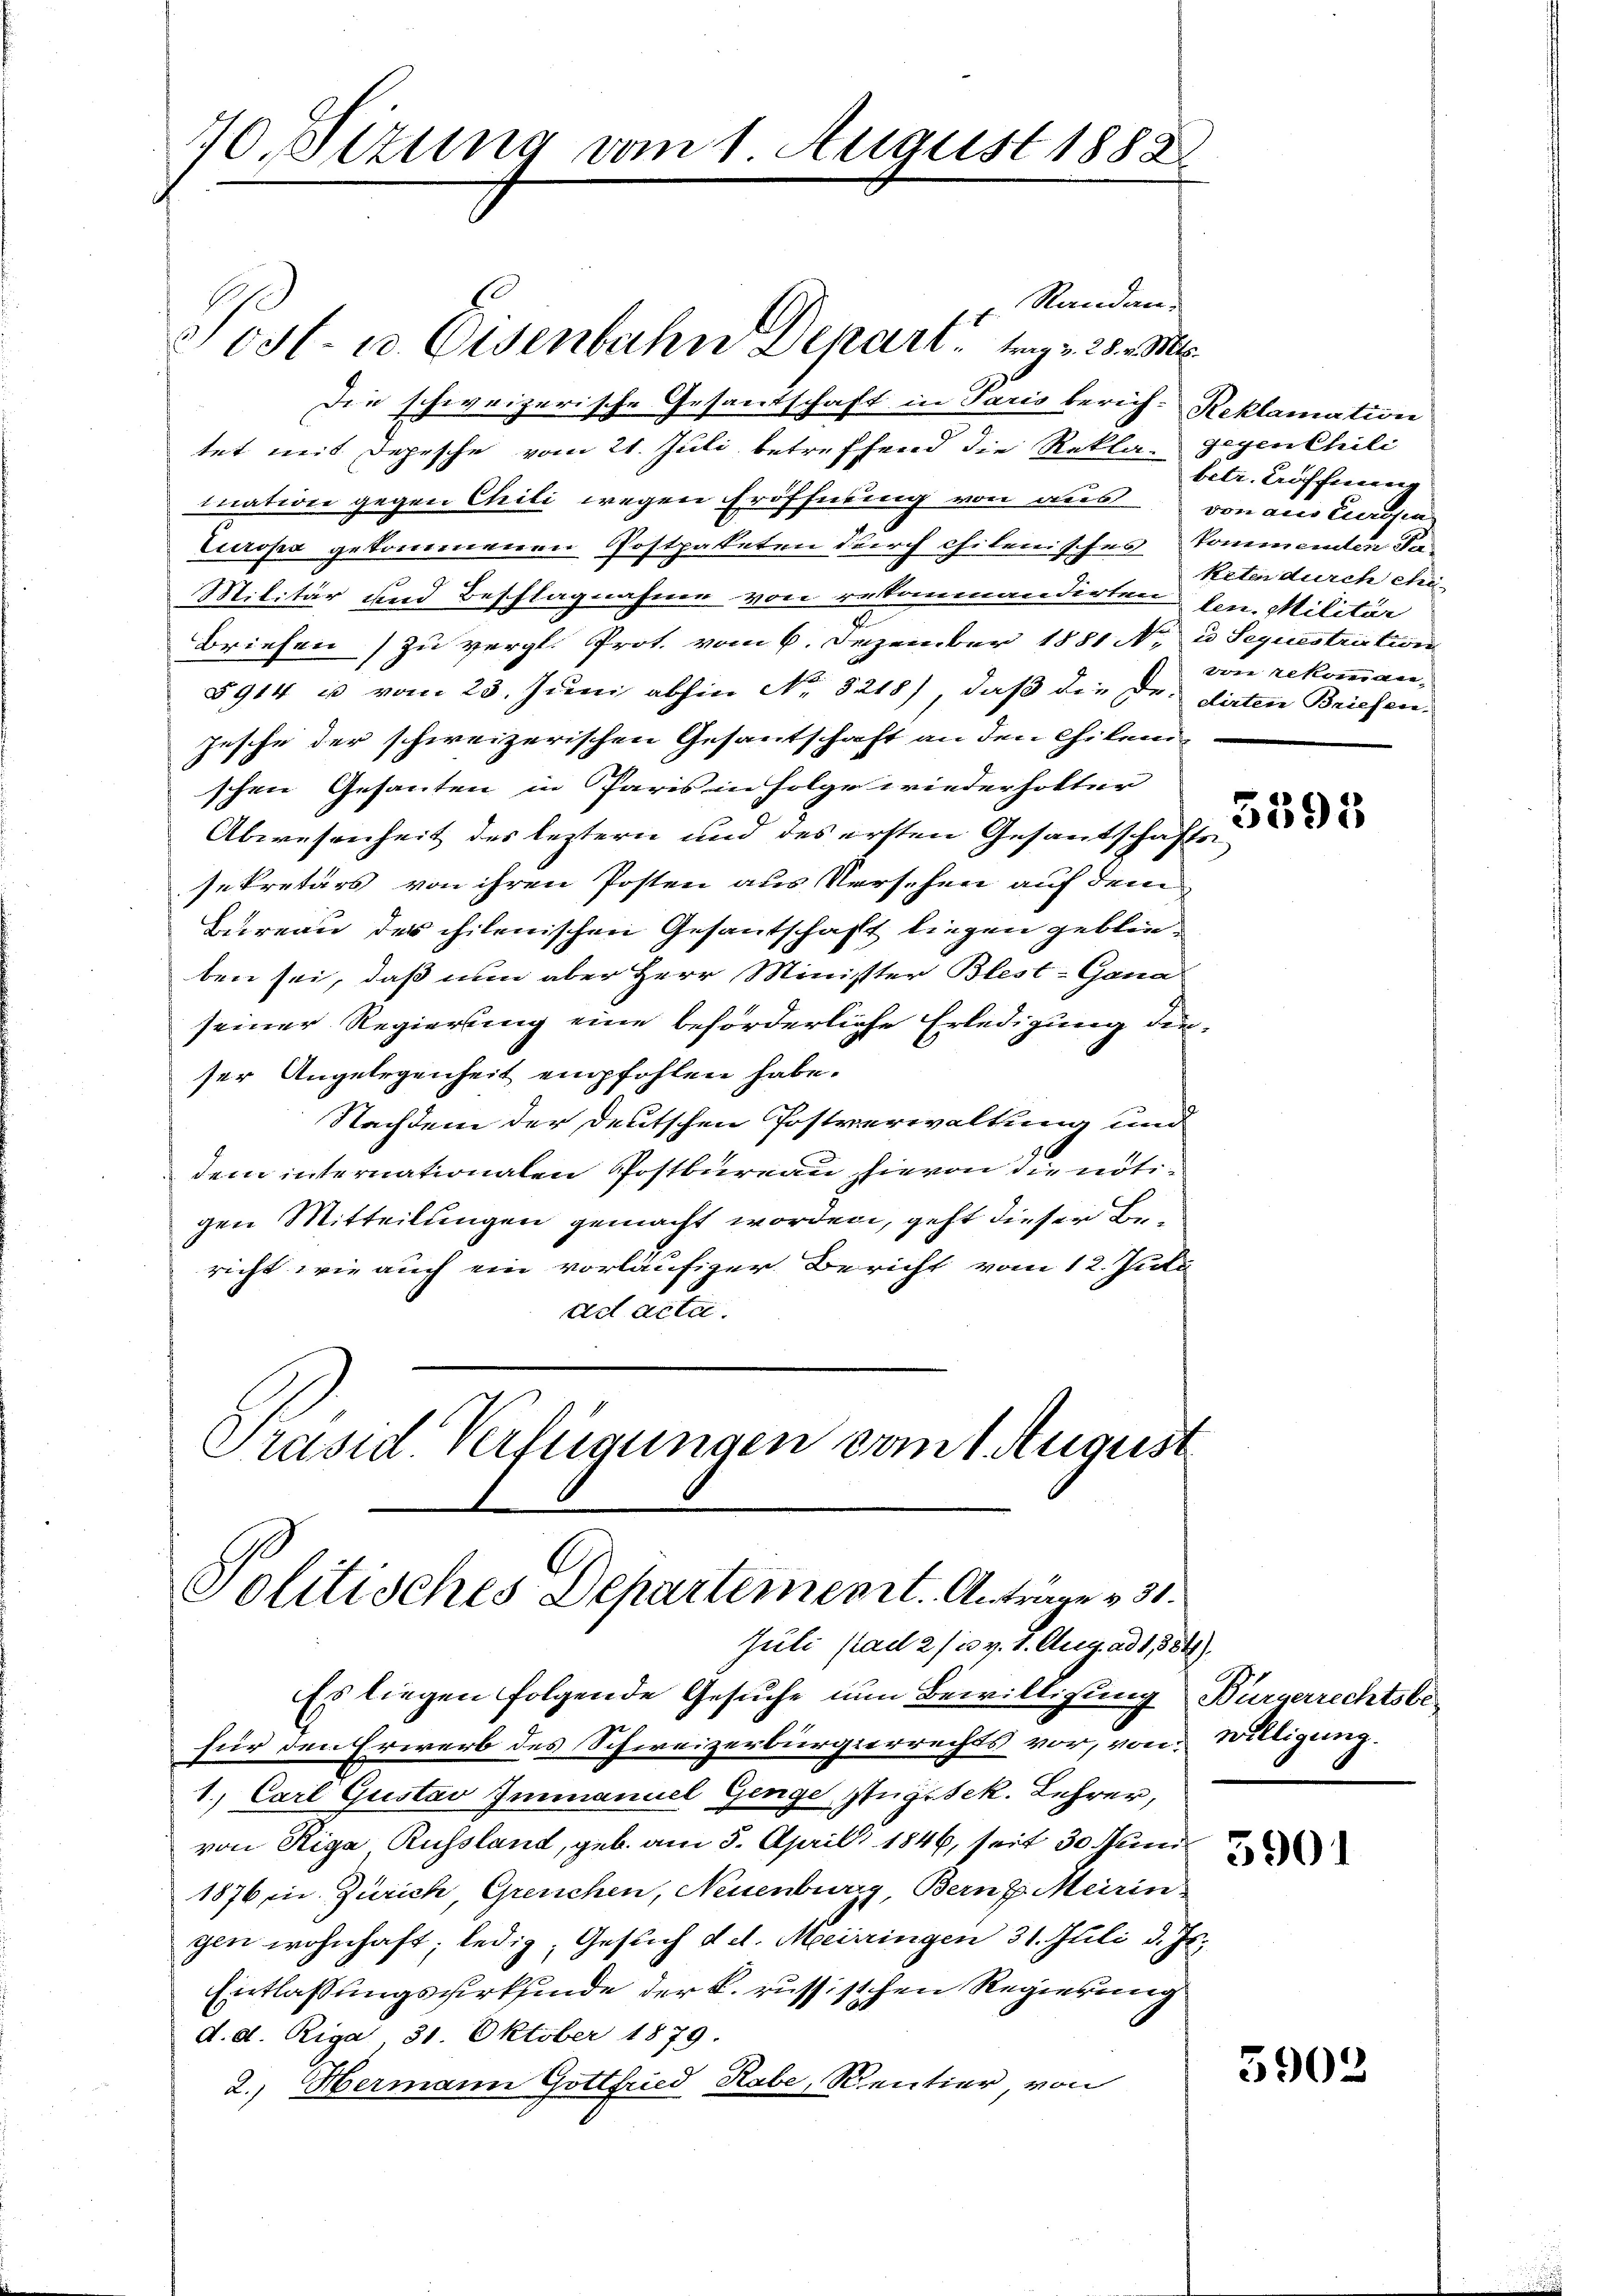
10. Sizung vom 1. August 1882.

Solitisches Departement. Anträge 231.

Standen.
Post- u. Eisenbahn Depart trag v. 28. M
Die schweizerische Gesandtschaft in Paris berich-Reklamation
tet mit Depesche vom 21. Juli betreffend die Rekla gegenthili
mation gegen Chili wegen Eröffnung von aus von aus Cerosen
Europa gekommenen Postpaketen durch chilenisches kommenden da
Militär und Beschlagnahme von rekommandirten den Militär
Briefen zu vergl. Prot. vom 6. Dezember 1881 N. u Sequestriction
5914 u vom 23. Juni abhin No. 3218), daß die Dr. dirten Briefen.
Jesche der schweizerischen Gesantschaft an den Chilemschen Gesanten in Paris in Folge wiederholter
Abwesenheit des leztern und des ersten Gesandschafts
sekretärs von ihren Posten aus Versehen auf dem
Bureau des chilenischen Gesantschaft liegen geblieben sei, daß nun aber Herr Minister Blest-Gona
seiner Regierung eine beförderliche Erledigung dieser Angelegenheit empfohlen habe.
Nachdem der Deutschen Postverwaltung und
dem internationalen Postbureau hievon die nötigen Mitteilungen gemacht worden, geht dieser Bericht wie auch ein vorläufiger Bericht vom 12. Juli
ad acta.
Präsid. Verfügungen vom 1. August

betr. Köffnung
Reten durch ehe-
von rekommen-

Juli ad 2/3 v. 8. Aug. ad 1884).
Es liegen folgende Gesuche um Bewilligung Bürgerrechtsbefür den Erwerb des Schweizerbürgerrechts vor, von Willigung.
1.) Carl Gustav Immanuel Genge Zugssek. Lehrer,
von Riga, Russland, geb. am 5. April 1846, seit 30 Juni
1876 in Zürich, Greuchen, Neuenburg, Berne Meirin-
gen wohnhaft, ledig, Gesuch d. d. Meiringen 31. Juli d. Js.
Entlassungswerkfinde der k. russischen Regierung
d. d. Riga 31. Oktober 1879.
2.) Hermann Gottfried Rabe, Rentier von

5398

3901

5902